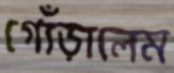
গোঁড়ালেম